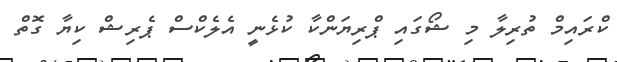
ކްރައިމް ތުރިލާ މި ޝޯގައި ޕްރިޔަންކާ ކުޅެނީ އެލެކްސް ޕެރިޝް ކިޔާ ގޮތް